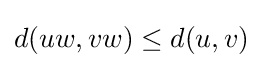
d(uw,vw)\leq d(u,v)